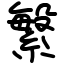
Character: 䌓